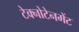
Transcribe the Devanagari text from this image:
टेक्नोटेनमेंट